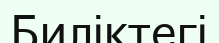
Биліктегі